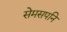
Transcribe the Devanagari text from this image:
सेमसपनि